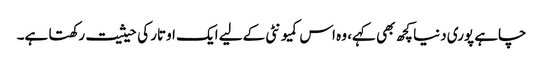
چاہے پوری دنیا کچھ بھی کہے، وہ اس کمیو نٹی کےلیے ایک اوتار کی حیثیت رکھتا ہے۔